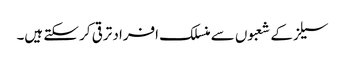
سیلزکے شعبوں سے منسلک افراد ترقی کر سکتے ہیں۔